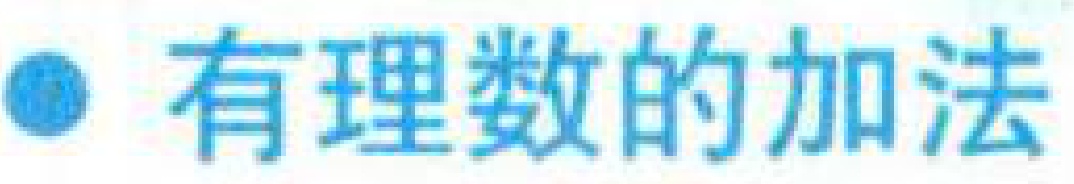
有理数的加法